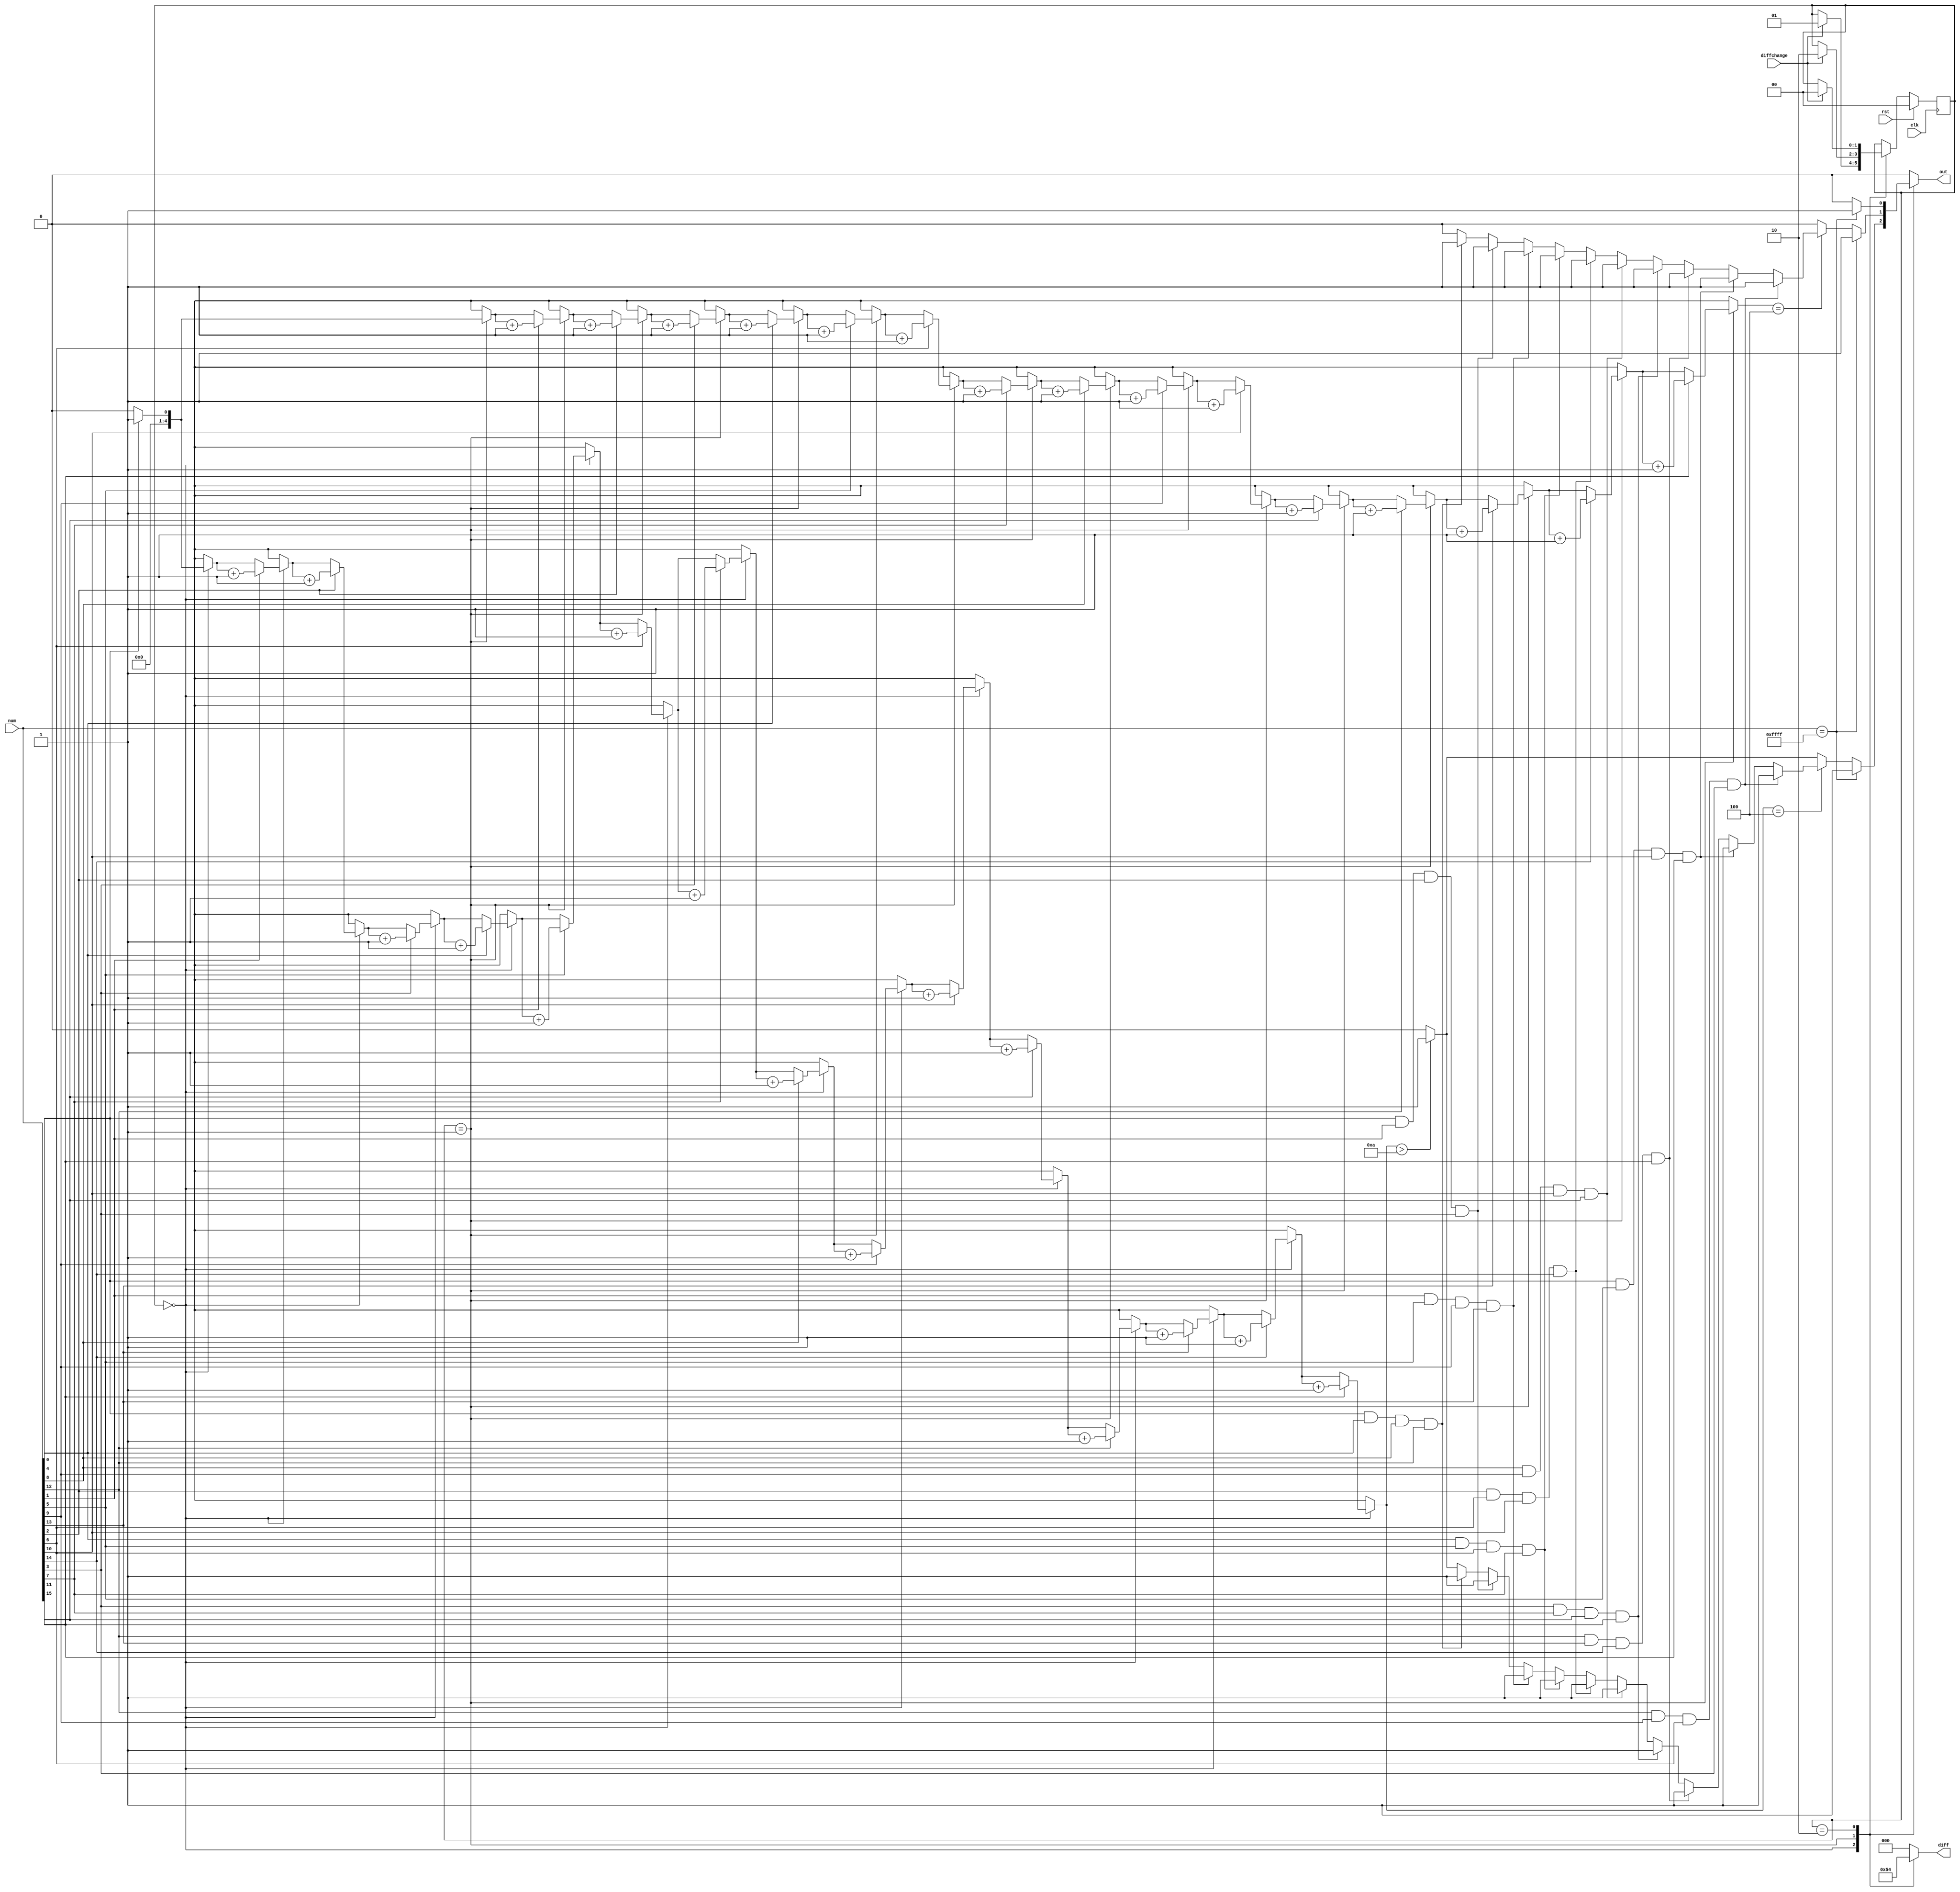
/*
   This file was generated automatically by the Mojo IDE version B1.3.6.
   Do not edit this file directly. Instead edit the original Lucid source.
   This is a temporary file and any changes made to it will be destroyed.
*/

module difficulty_9 (
    input clk,
    input rst,
    output reg out,
    output reg [2:0] diff,
    input diffchange,
    input [15:0] num
  );
  
  
  
  localparam EASY_states = 2'd0;
  localparam MEDIUM_states = 2'd1;
  localparam HARD_states = 2'd2;
  
  reg [1:0] M_states_d, M_states_q = EASY_states;
  
  reg [4:0] i;
  
  reg [4:0] ones;
  
  always @* begin
    M_states_d = M_states_q;
    
    i = 1'h0;
    ones = 1'h0;
    out = 1'h0;
    diff = 3'h0;
    
    case (M_states_q)
      EASY_states: begin
        diff = 3'h1;
        for (i = 1'h0; i < 5'h10; i = i + 1) begin
          if (num[(i)*1+0-:1] == 1'h1) begin
            ones = ones + 1'h1;
          end
        end
        if (ones > 4'ha) begin
          out = 1'h1;
        end
        if (ones == 3'h4) begin
          for (i = 1'h0; i < 3'h4; i = i + 1) begin
            if ((num[(i)*1+0-:1] & num[(i + 3'h4)*1+0-:1] & num[(i + 4'h8)*1+0-:1] & num[(i + 4'hc)*1+0-:1]) == 1'h1) begin
              out = 1'h1;
            end
            if ((num[(3'h4 * i)*1+0-:1] & num[(3'h4 * i + 1'h1)*1+0-:1] & num[(3'h4 * i + 2'h2)*1+0-:1] & num[(3'h4 * i + 2'h3)*1+0-:1]) == 1'h1) begin
              out = 1'h1;
            end
          end
          if (num[0+0-:1] & num[5+0-:1] & num[10+0-:1] & num[15+0-:1] == 1'h1) begin
            out = 1'h1;
          end
          if (num[12+0-:1] & num[9+0-:1] & num[6+0-:1] & num[3+0-:1] == 1'h1) begin
            out = 1'h1;
          end
        end
        if (num == 16'hffff) begin
          out = 1'h1;
        end
        if (diffchange == 1'h1) begin
          M_states_d = MEDIUM_states;
        end
      end
      MEDIUM_states: begin
        diff = 3'h2;
        for (i = 1'h0; i < 5'h10; i = i + 1) begin
          if (num[(i)*1+0-:1] == 1'h1) begin
            ones = ones + 1'h1;
          end
        end
        if (ones == 3'h4) begin
          for (i = 1'h0; i < 3'h4; i = i + 1) begin
            if (num[(i)*1+0-:1] & num[(i + 3'h4)*1+0-:1] & num[(i + 4'h8)*1+0-:1] & num[(i + 4'hc)*1+0-:1] == 1'h1) begin
              out = 1'h1;
            end
            if (num[(3'h4 * i)*1+0-:1] & num[(3'h4 * i + 1'h1)*1+0-:1] & num[(3'h4 * i + 2'h2)*1+0-:1] & num[(3'h4 * i + 2'h3)*1+0-:1] == 1'h1) begin
              out = 1'h1;
            end
          end
          if (num[0+0-:1] & num[5+0-:1] & num[10+0-:1] & num[15+0-:1] == 1'h1) begin
            out = 1'h1;
          end
          if (num[12+0-:1] & num[9+0-:1] & num[6+0-:1] & num[3+0-:1] == 1'h1) begin
            out = 1'h1;
          end
        end
        if (num == 16'hffff) begin
          out = 1'h1;
        end
        if (diffchange == 1'h1) begin
          M_states_d = HARD_states;
        end
      end
      HARD_states: begin
        diff = 3'h4;
        if (num == 16'hffff) begin
          out = 1'h1;
        end
        if (diffchange == 1'h1) begin
          M_states_d = EASY_states;
        end
      end
    endcase
  end
  
  always @(posedge clk) begin
    if (rst == 1'b1) begin
      M_states_q <= 1'h0;
    end else begin
      M_states_q <= M_states_d;
    end
  end
  
endmodule